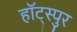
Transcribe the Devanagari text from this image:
हॉट्स्पुर